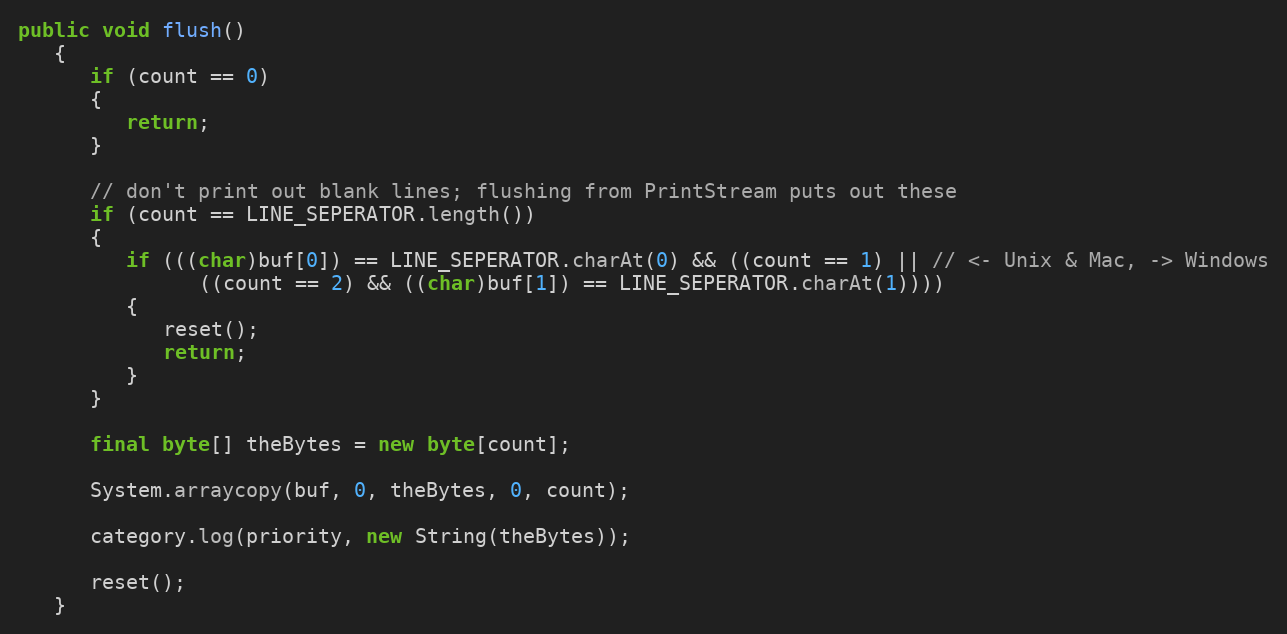
Language: Java
public void flush()
   {
      if (count == 0)
      {
         return;
      }

      // don't print out blank lines; flushing from PrintStream puts out these
      if (count == LINE_SEPERATOR.length())
      {
         if (((char)buf[0]) == LINE_SEPERATOR.charAt(0) && ((count == 1) || // <- Unix & Mac, -> Windows
               ((count == 2) && ((char)buf[1]) == LINE_SEPERATOR.charAt(1))))
         {
            reset();
            return;
         }
      }

      final byte[] theBytes = new byte[count];

      System.arraycopy(buf, 0, theBytes, 0, count);

      category.log(priority, new String(theBytes));

      reset();
   }